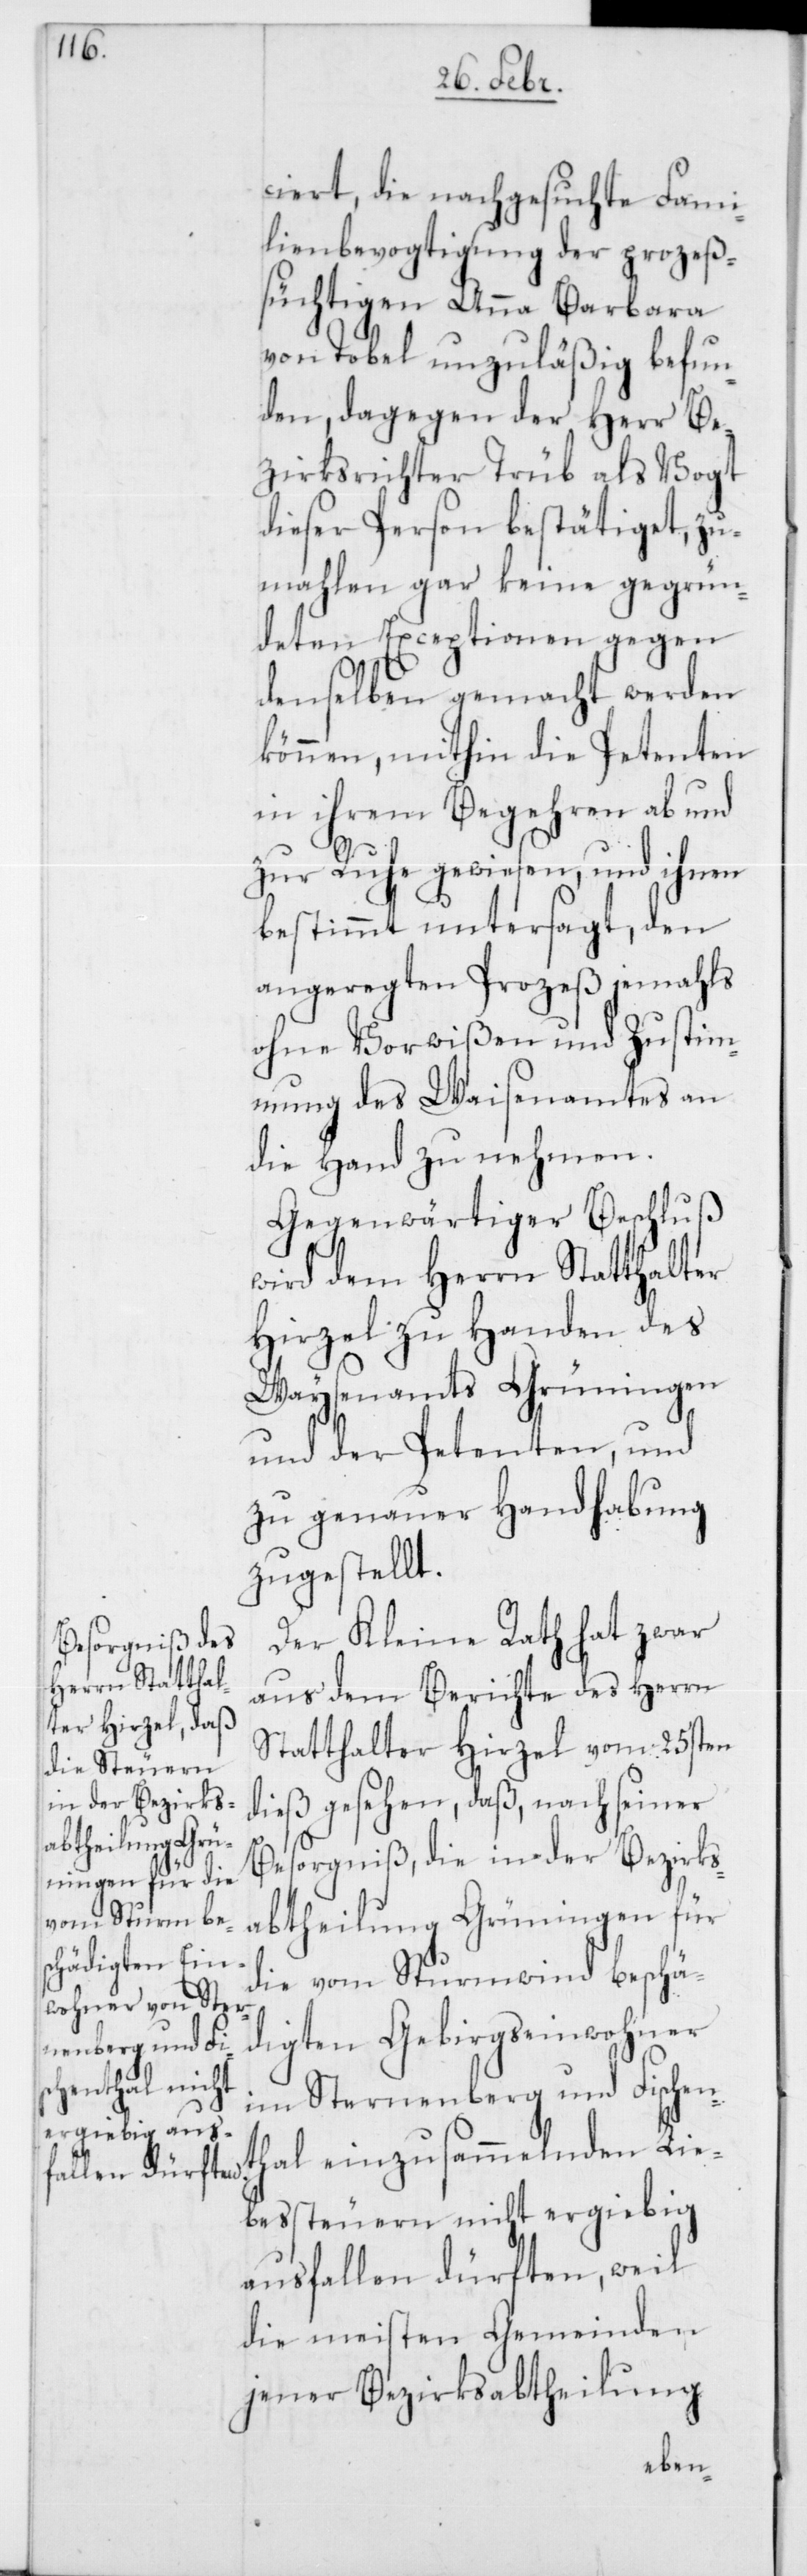
ciert, die nachgesuchte Fami¬
lienbevogtigung der prozeß¬
süchtigen Anna Barbara
von Tobel unzuläßig befun¬
den, dagegen der Herr Be¬
zirksrichter Trüb als Vogt
dieser Person bestätiget, zu¬
mahlen gar keine gegrün¬
deten Exceptionen gegen
denselben gemacht werden
können, mithin die Petenten
in ihrem Begehren ab und
zur Ruhe gewiesen, und ihnen
bestimmt untersagt, den
angeregten Prozeß jemahls
ohne Vorwißen und Zustim¬
mung des Waisenamtes an
die Hand zu nehmen.
Gegenwärtiger Beschluß
wird dem Herrn Statthalter
Hirzel zu Handen des
Waysenamts Grüningen
und der Petenten, und
zu genauer Handhabung
zugestellt.
Der Kleine Rath hat zwar
aus dem Berichte des Herrn
Statthalter Hirzel vom 25sten
dieß gesehen, daß nach seiner
Besorgniß die in der Bezirks¬
abtheilung Grüningen für
die vom Sturmwind beschä¬
digten Gebirgseinwohner
im Sternenberg und Fischen¬
thal einzusammelnden Lie¬
bessteuern nicht ergiebig
ausfallen dürften, weil
die meisten Gemeinden
jener Bezirksabtheilung